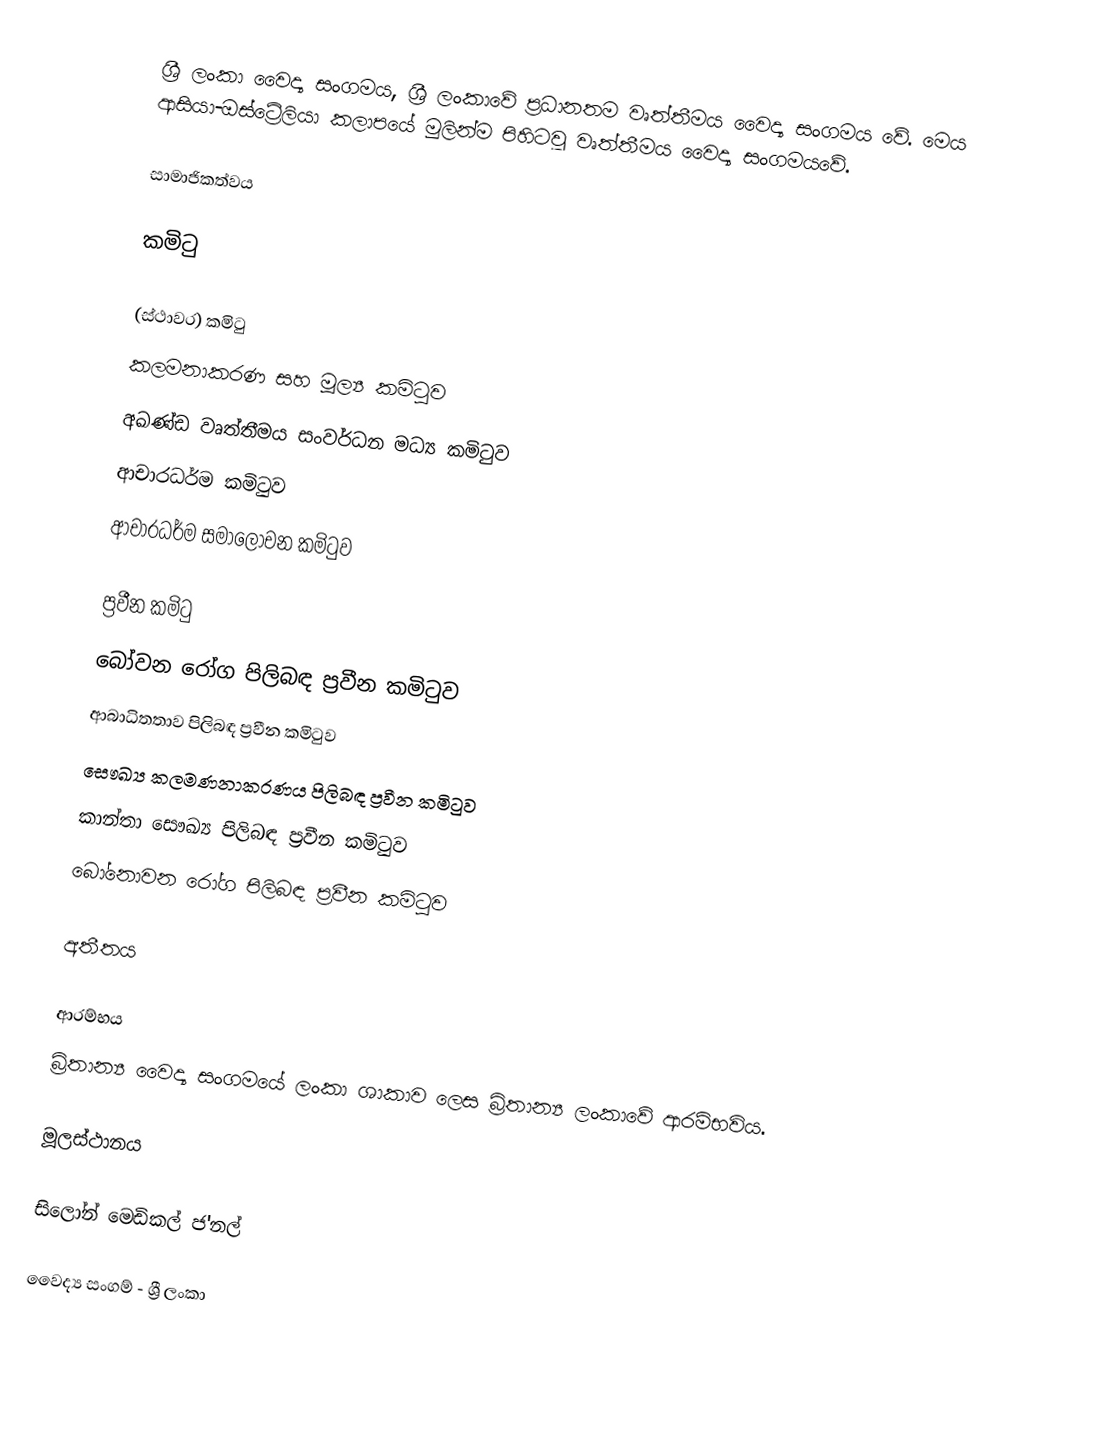
ශ්‍රී ලංකා වෛද්‍ය සංගමය, ශ්‍රී ලංකාවේ ප්‍රධානතම වෘත්තීමය වෛද්‍ය සංගමය වේ. මෙය ආසියා-ඔස්ට්‍රේලියා කලාපයේ මුලින්ම පිහිටවූ වෘත්තීමය වෛද්‍ය සංගමයවේ.

සාමාජිකත්වය

කමිටු

(ස්ථාවර) කමිටු
 කලමනාකරණ සහ මූල්‍ය කමිටුව
 අඛණ්ඩ වෘත්තීමය සංවර්ධන මධ්‍ය කමිටුව
 ආචාරධර්ම කමිටුව
 ආචාරධර්ම සමාලෝචන කමිටුව

ප්‍රවීන කමිටු
 බෝවන රෝග පිලිබඳ ප්‍රවීන කමිටුව
 ආබාධිතතාව පිලිබඳ ප්‍රවීන කමිටුව
 සෞඛ්‍ය කලමණනාකරණය පිලිබඳ ප්‍රවීන කමිටුව
 කාන්තා සෞඛ්‍ය පිලිබඳ ප්‍රවීන කමිටුව
 බෝනොවන රෝග පිලිබඳ ප්‍රවීන කමිටුව

අතීතය

ආරම්භය
බ්‍රිතාන්‍ය වෛද්‍ය සංගමයේ ලංකා ශාකාව ලෙස බ්‍රිතාන්‍ය ලංකාවේ ආරම්භවිය.

මූලස්ථානය

සිලෝන් මෙඩිකල් ජ'නල්

වෛද්‍ය සංගම් - ශ්‍රී ලංකා